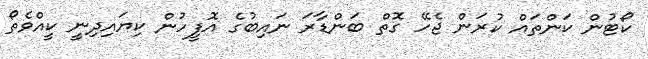
ކޯޓުން ކަންތައް ކުރަން ޖެހޭ ގޮތް ބަންޑާރަ ނައިބުގެ އޮފީހުން ކިޔައިދިނީ ކީއްވެތޯ